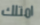
امتلك